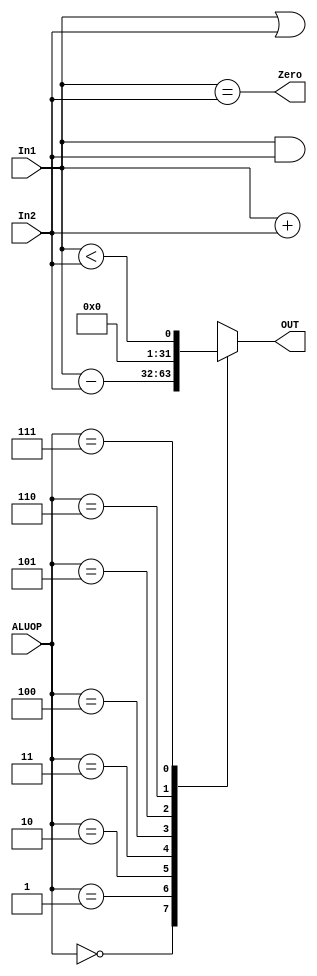

`timescale 1ns/1ns

module ALU(In1, In2, ALUOP, OUT, Zero);
// Input Ports
input [31:0] In1, In2; 
input [2:0] ALUOP;

// Output Ports
output [31:0] OUT;
output Zero;

assign Zero = In1 == In2;

wire [31:0] add, sub, and0, or0, lt;
assign add = In1 + In2;
assign sub = In1 - In2;
assign and0 = In1 & In2;
assign or0 = In1 | In2;
assign lt = In1 < In2;

wire [31:0] alu_table [7: 0];
assign alu_table[3'b000] = and0;
assign alu_table[3'b001] = or0;
assign alu_table[3'b010] = add;
assign alu_table[3'b110] = sub;
assign alu_table[3'b111] = lt;

assign OUT = alu_table[ALUOP];

endmodule